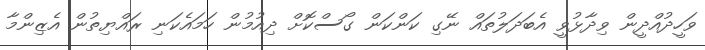
ވަހީދުއްދީން ވިދާޅުވީ އެބަދަލުތައް ނޭގި ކަންކަން ގޯސްކޮށް ދިއުމުން ހަމައެކަނި ރައްޔިތުން އެޒިންމާ